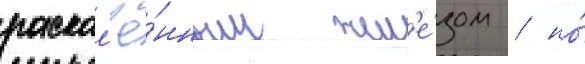
раскал'ё́нным жел'е́зом / но́